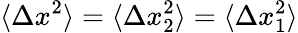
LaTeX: \langle\Delta x^{2}\rangle=\langle\Delta x_{2}^{2}\rangle=\langle\Delta x_{1}^{2}\rangle